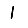
Digit: 1